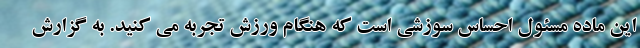
این ماده مسئول احساس سوزشی است که هنگام ورزش تجربه می کنید. به گزارش